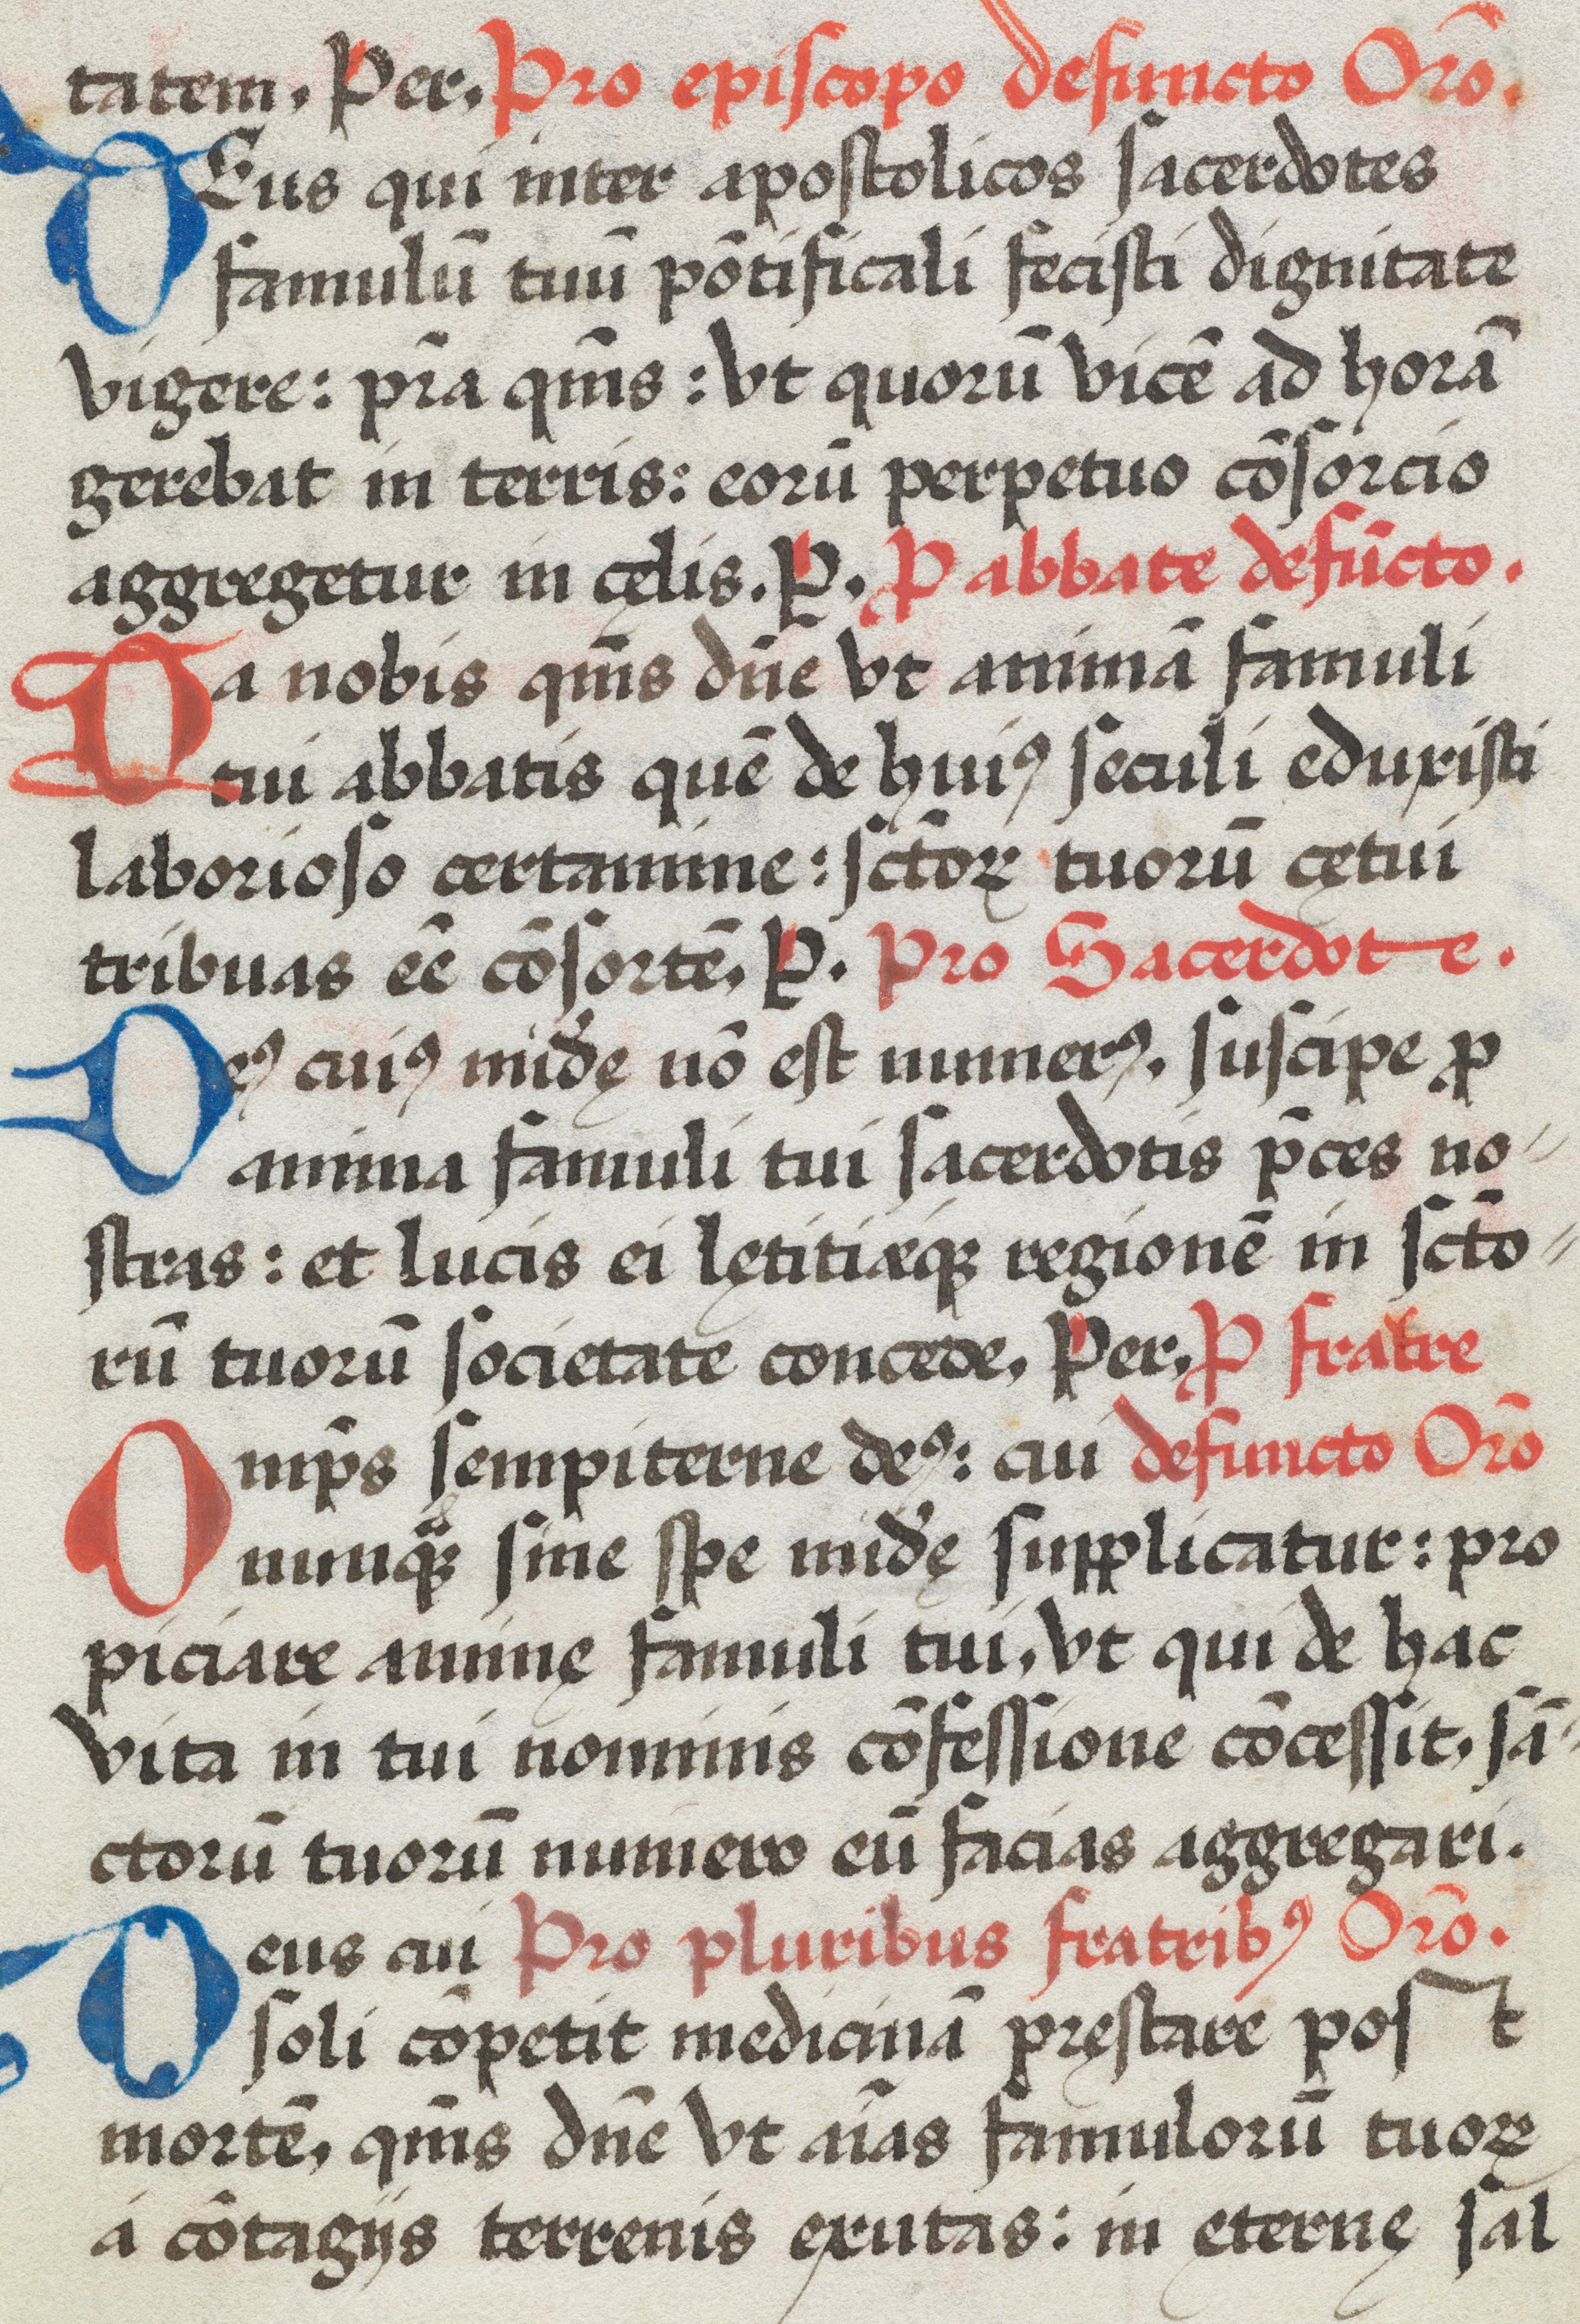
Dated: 1574–1574